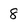
Character: 8